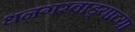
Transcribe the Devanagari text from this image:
धनगरवाड्याच्या